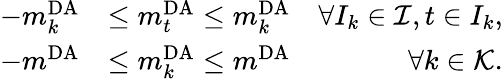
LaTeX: \begin{array}{rlr}{-m_{k}^{\mathrm{DA}}}&{\leq m_{t}^{\mathrm{DA}}\leq m_{k}^{\mathrm{DA}}}&{\forall I_{k}\in\mathcal{I},t\in I_{k},}\\ {-m^{\mathrm{DA}}}&{\leq m_{k}^{\mathrm{DA}}\leq m^{\mathrm{DA}}}&{\forall k\in\mathcal{K}.}\end{array}